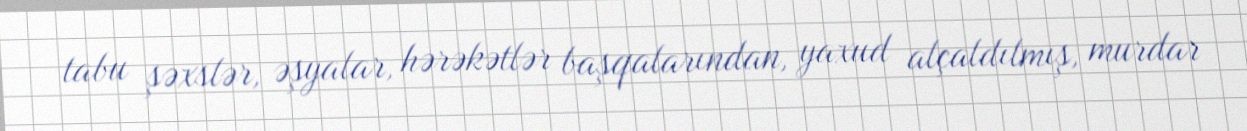
tabu şəxslər, əşyalar, hərəkətlər başqalarından, yaxud alçaldılmış, murdar